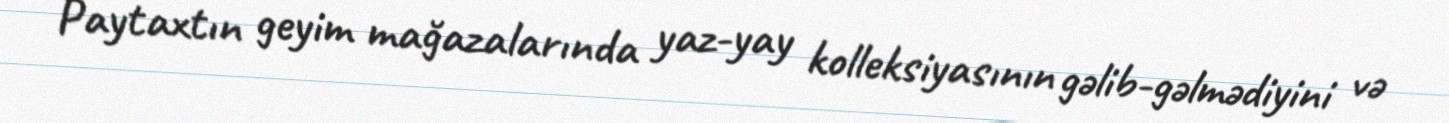
Paytaxtın geyim mağazalarında yaz-yay kolleksiyasının gəlib-gəlmədiyini və